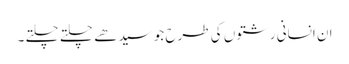
ان انسانی رشتوں کی طرح جو سیدھے چلتے چلتے ۔